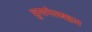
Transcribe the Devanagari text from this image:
कुशमेलबहल